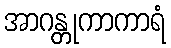
အာဂန္တုကာကာရံ